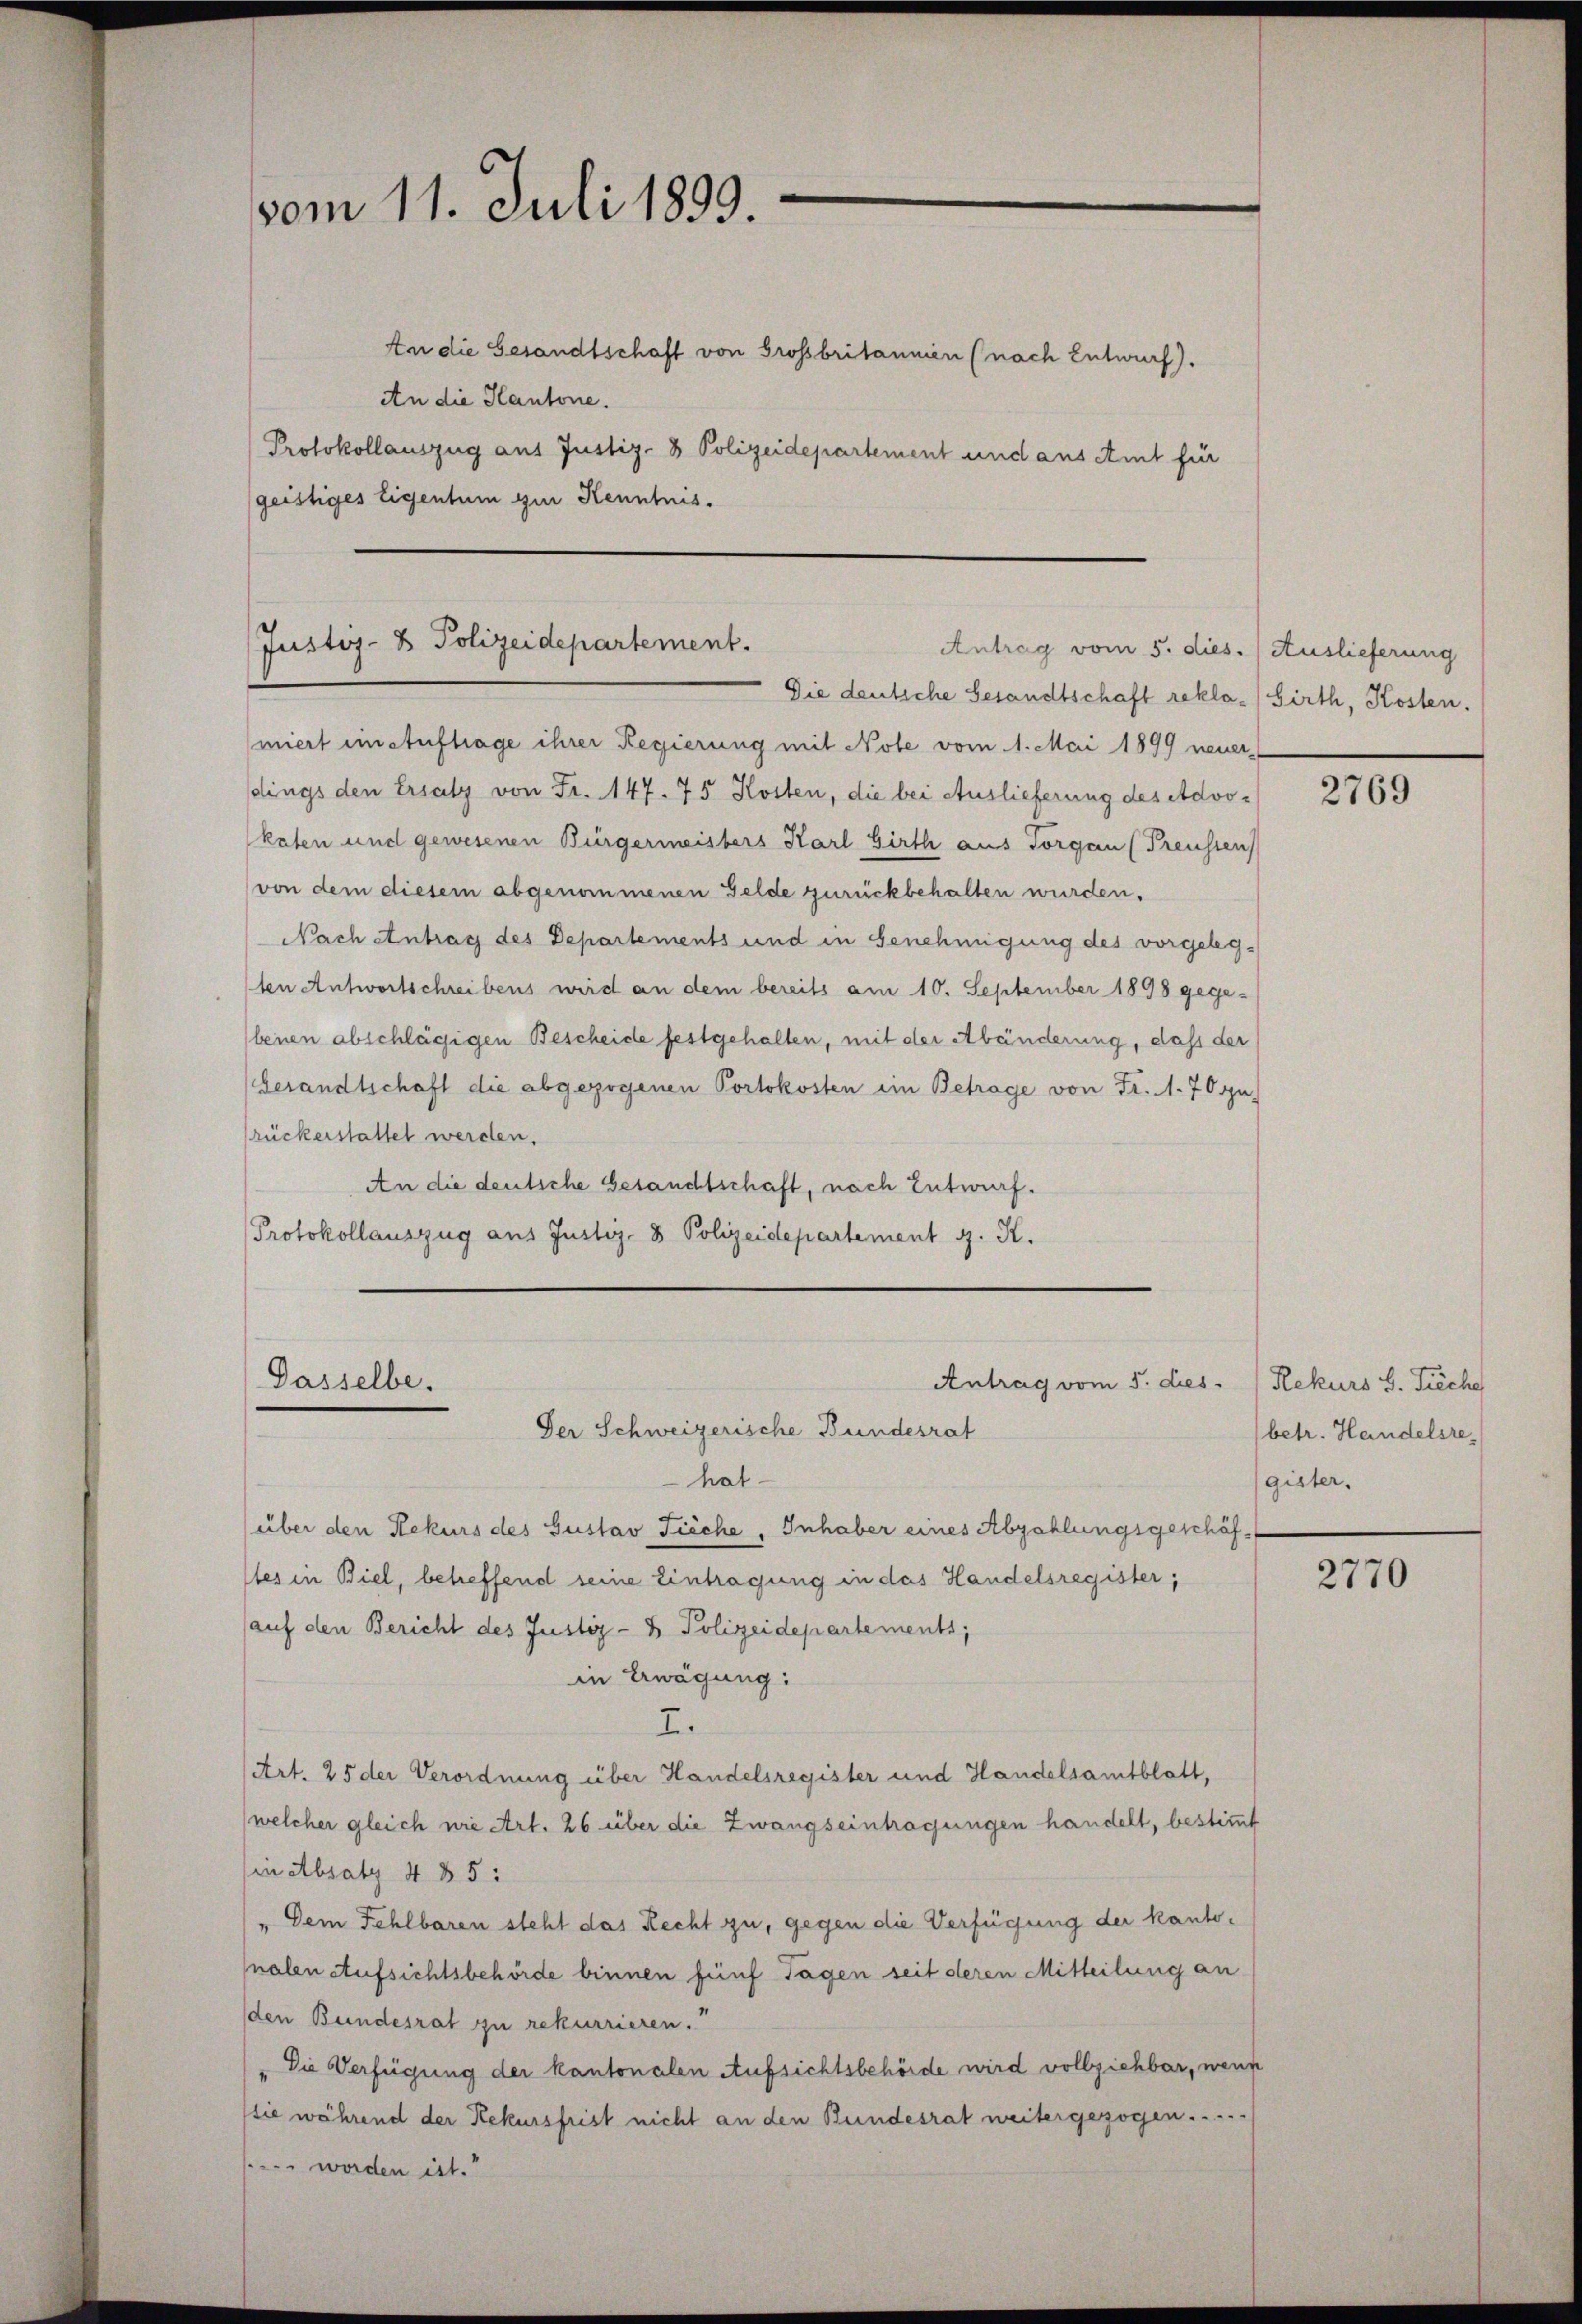
vom 11. Juli 1899.

An die Gesandtschaft von Grossbritannien (nach Entwurf).
An die Kantone.
Protokollauszug aus Justiz- & Polizeidepartement und aus Amt für
geistiges Eigentum zur Kenntnis.

Justiz- & Polizeidepartement.
Antrag vom 5. dies. Auslieferung
Die deutsche Gesandtschaft rekla-Sirth, Kosten.

miert im Auftrage ihrer Regierung mit Note vom 1. Mai 1899 neuersdings den Ersatz von Fr. 147. 75 Kosten, die bei Auslieferung des Advokaten und gewesenen Bürgermeisters Karl Hirth aus Torgan (Preussen
von dem diesem abgenommenen Felde zurückbehalten wurden,
Nach Antrag des Departements und in Genehmigung des vorgelegten Antwortschreibens wird an dem bereits am 10. September 1898 gege¬
(benen abschlägigen Bescheide festgehalten, mit der Abänderung, daß der
Gesandtschaft die abgezogenen Portokosten im Betrage von Fr. 170 gu
rückerstattet werden.
An die deutsche Gesandtschaft, nach Entwurf.
Protokollauszug aus Justiz- & Polizeidepartement z. K.

Dasselbe.

Antrag vom 5. dies
Der Schweizerische Bundesrat

hat
über den Rekurs des Gustav Fieche, Inhaber eines Abzahlungsgeschäf-
ltes in Biel, betreffend seine Eintragung in das Handelsregister,
auf den Bericht des Justiz- & Polizeidepartements;
in Erwägung:
I.
Art. 25 der Verordnung über Handelsregister und Handelsamtblatt,
welcher gleich wie Art. 26 über die Zwangseintragungen handelt, bestimmt
in Absatz 4 § 5:
Dem Fehlbaren steht das Recht zu, gegen die Verfügung der kantonalen Aufsichtsbehörde binnen fünf Tagen seit deren Mitteilung an
den Bundesrat zu rekurrieren.
" Die Verfügung der kantonalen Aufsichtsbehörde wird vollziehbar, wenn
sie während der Rekursfrist nicht an den Bundesrat weitergezogen.
 worden ist.“

2769

Rekurs S. Tieche
betr. Handelsregister.

2770